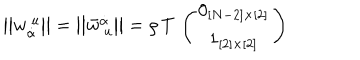
\left| \left| w _ { \dot { \alpha } } ^ { ~ u } \right| \right| = \left| \left| \bar { w } _ { ~ u } ^ { \dot { \alpha } } \right| \right| = \rho \, T \, \left( \begin{matrix} { { 0 _ { [ N - 2 ] \times [ 2 ] } } } \\ { { 1 _ { [ 2 ] \times [ 2 ] } } } \\ \end{matrix} \right)